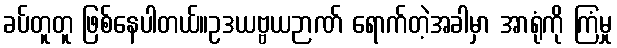
ခပ်တူတူ ဖြစ်နေပါတယ်။ဥဒယဗ္ဗယဉာဏ် ရောက်တဲ့အခါမှာ အာရုံကို ကြံမှု